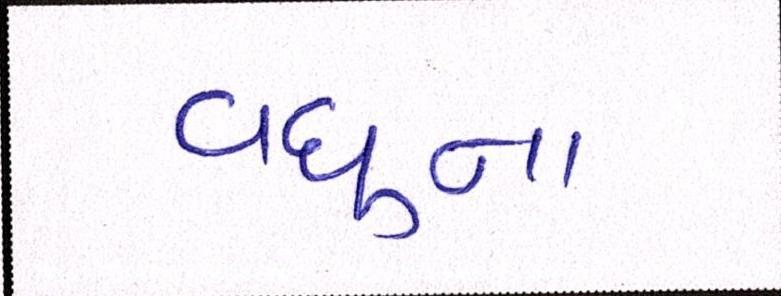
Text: વધુના